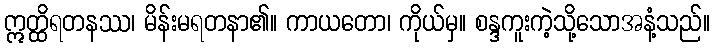
ဣတ္ထိရတနဿ၊ မိန်းမရတနာ၏။ ကာယတော၊ ကိုယ်မှ။ စန္ဒကူးကဲ့သို့သောအနံ့သည်။